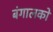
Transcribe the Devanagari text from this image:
बंगालको